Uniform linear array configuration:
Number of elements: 32
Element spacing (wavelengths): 0.75
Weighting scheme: blackman
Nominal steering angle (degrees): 30
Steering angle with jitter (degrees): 30.172
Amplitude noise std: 0.05
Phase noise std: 0.05

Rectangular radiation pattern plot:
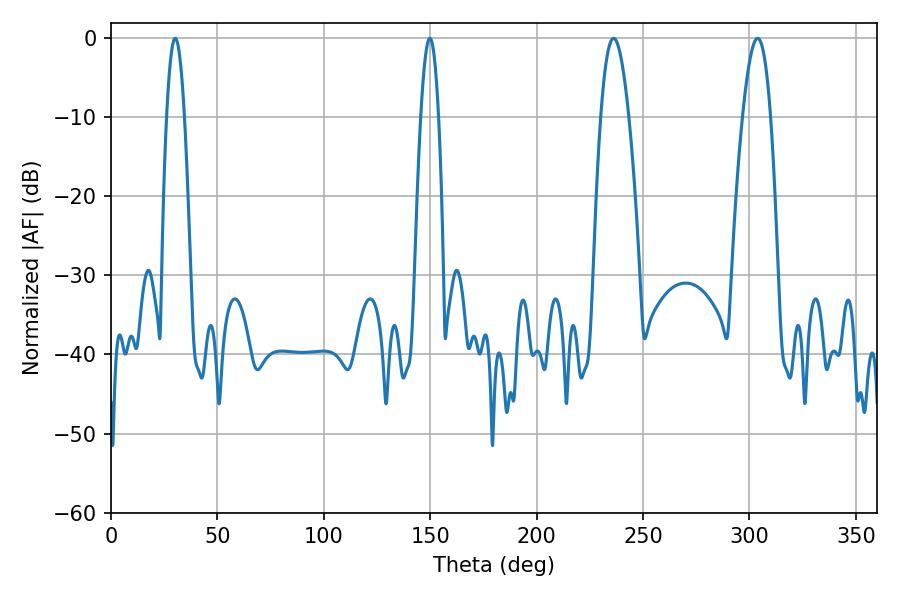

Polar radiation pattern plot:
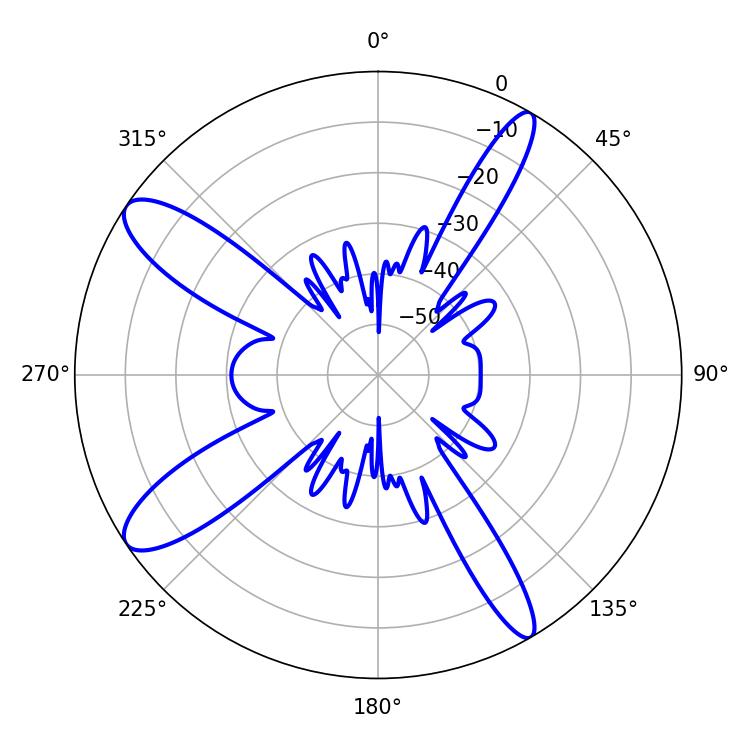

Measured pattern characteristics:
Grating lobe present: TRUE
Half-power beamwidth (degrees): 7.2
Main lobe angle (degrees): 236.16